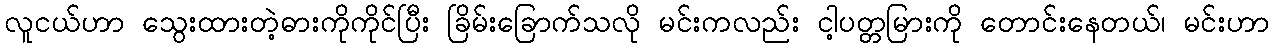
လူငယ်ဟာ သွေးထားတဲ့ဓားကိုကိုင်ပြီး ခြိမ်းခြောက်သလို မင်းကလည်း ငါ့ပတ္တမြားကို တောင်းနေတယ်၊ မင်းဟာ